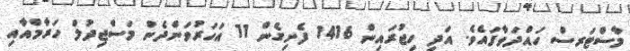
މާސްޓަރސް ހައްދަވާފައެވެ. އަދި ހިޖުރައިން 1416 ފެށިގެން 11 އަހަރުވަންދެން މަސްޖިދުލް ހަރާމްއާއި